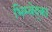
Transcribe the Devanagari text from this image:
भिम्बेद्का